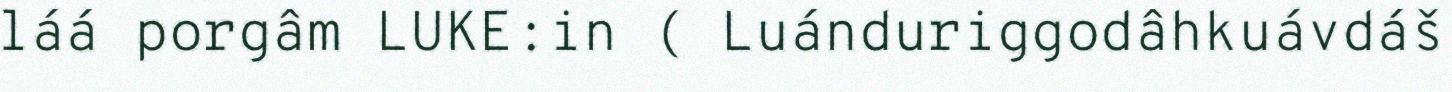
láá porgâm LUKE:in ( Luánduriggodâhkuávdáš